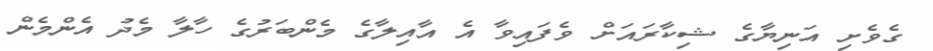
ގެވެށި އަނިޔާގެ ޝިކާރައަށް ވެފައިވާ އެ އާއިލާގެ މެންބަރުގެ ހާލާ މެދު އެންމެން